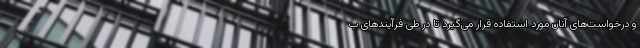
و درخواست‌های آنان مورد استفاده قرار می‌گیرد تا در طی فرآیندهای ب